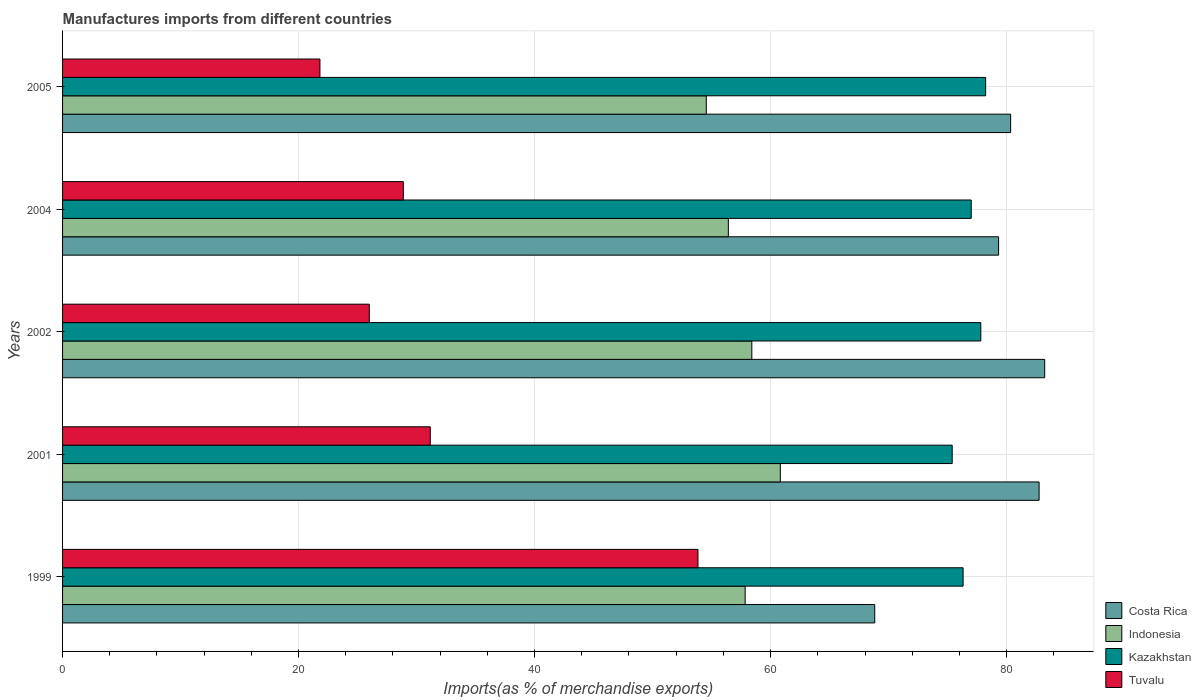
| Years | Costa Rica | Indonesia | Kazakhstan | Tuvalu |
 | --- | --- | --- | --- | --- |
 | 1999 | 68.8 | 57.8 | 76.3 | 53.8 |
 | 2001 | 82.8 | 60.8 | 75.4 | 31.2 |
 | 2002 | 83.2 | 58.4 | 77.8 | 26 |
 | 2004 | 79.3 | 56.4 | 77 | 28.9 |
 | 2005 | 80.3 | 54.6 | 78.2 | 21.8 |